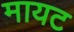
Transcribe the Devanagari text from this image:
मायट